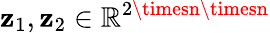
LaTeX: \mathbf{z}_{1},\mathbf{z}_{2}\in\mathbb{{R}}^{2\timesn\timesn}